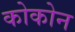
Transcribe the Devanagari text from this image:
कोकोन